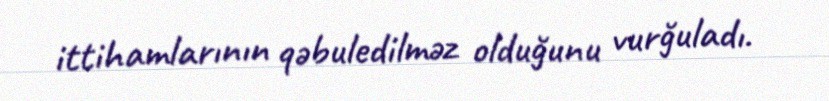
ittihamlarının qəbuledilməz olduğunu vurğuladı.